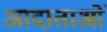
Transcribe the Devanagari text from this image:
आदाताओं